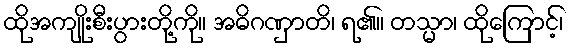
ထိုအကျိုးစီးပွားတို့ကို။ အဓိဂဏှာတိ၊ ရ၏။ တသ္မာ၊ ထိုကြောင့်၊